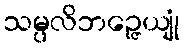
သမ္ပလိဘဉ္ဇေယျုံ